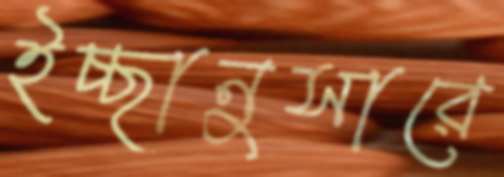
ইচ্ছানুসারে